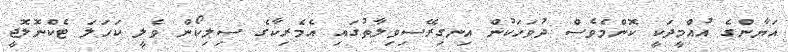
އަޔާންގެ އުއްމީދަކީ ކޮންމެވެސް ދުވަހަކުން އިނގިރޭސިވިލާތުގައި އެމެރިކާގެ ސިލިކޯން ވެލީ ކަހަލަ ޓެކްނޮލޮޖީ